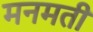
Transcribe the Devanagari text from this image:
मनमती